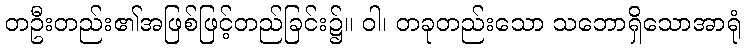
တဦးတည်း၏အဖြစ်ဖြင့်တည်ခြင်း၌။ ဝါ၊ တခုတည်းသော သဘောရှိသောအာရုံ